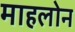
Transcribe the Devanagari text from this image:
माहलोन